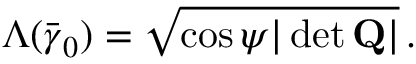
\Lambda ( \bar { \boldsymbol { \gamma } } _ { 0 } ) = \sqrt { \cos \psi | \operatorname* { d e t } { \bf Q } | } \, .